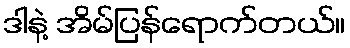
ဒါနဲ့ အိမ်ပြန်ရောက်တယ်။